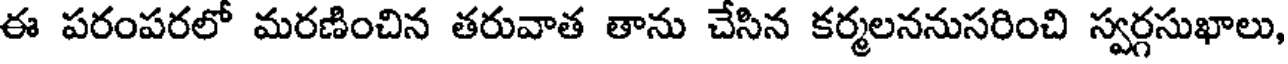
ఈ పరంపరలో మరణించిన తరువాత తాను చేసిన కర్మలననుసరించి స్వర్గసుఖాలు,